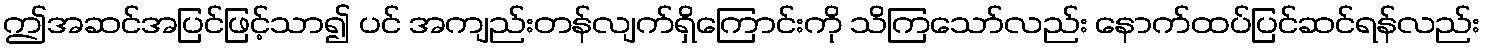
ဤအဆင်အပြင်ဖြင့်သာ၍ ပင် အကျည်းတန်လျက်ရှိကြောင်းကို သိကြသော်လည်း နောက်ထပ်ပြင်ဆင်ရန်လည်း